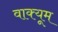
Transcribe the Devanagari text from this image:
वाक्यूम